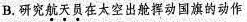
B. 研究航天员在太空出舱挥动国旗的动作